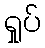
ရှုပ်